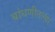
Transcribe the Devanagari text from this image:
बांधणीतल्या